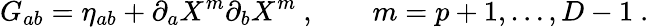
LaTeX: G_{ab}=\eta_{ab}+\partial_{a}X^{m}\partial_{b}X^{m}\ ,\qquad m=p+1,\ldots,D-1\ .